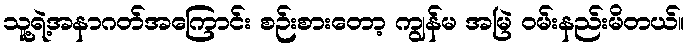
သူ့ရဲ့အနာဂတ်အကြောင်း စဉ်းစားတော့ ကျွန်မ အမြဲ ဝမ်းနည်းမိတယ်။